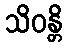
သိဝန္တိ